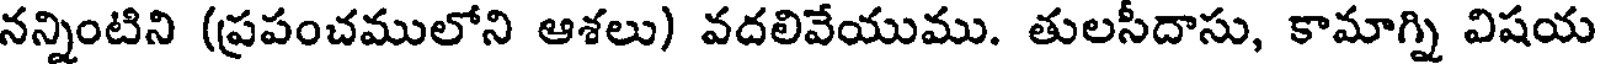
నన్నింటిని (ప్రపంచములోని ఆశలు) వదలివేయుము. తులసీదాసు, కామాగ్ని విషయ